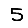
Digit: 5